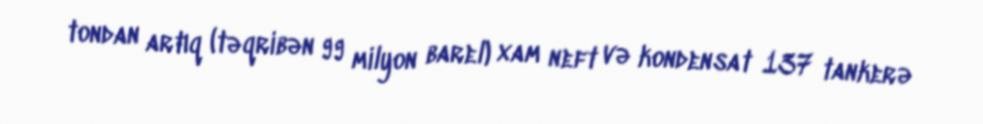
tondan artıq (təqribən 99 milyon barel) xam neft və kondensat 137 tankerə